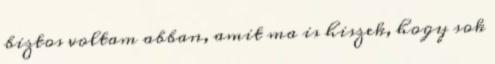
biztos voltam abban, amit ma is hiszek, hogy sok